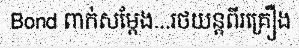
Bond ពាក់សម្តែង...រថយន្តពីរគ្រឿង